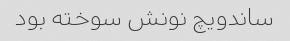
ساندویچ نونش سوخته بود